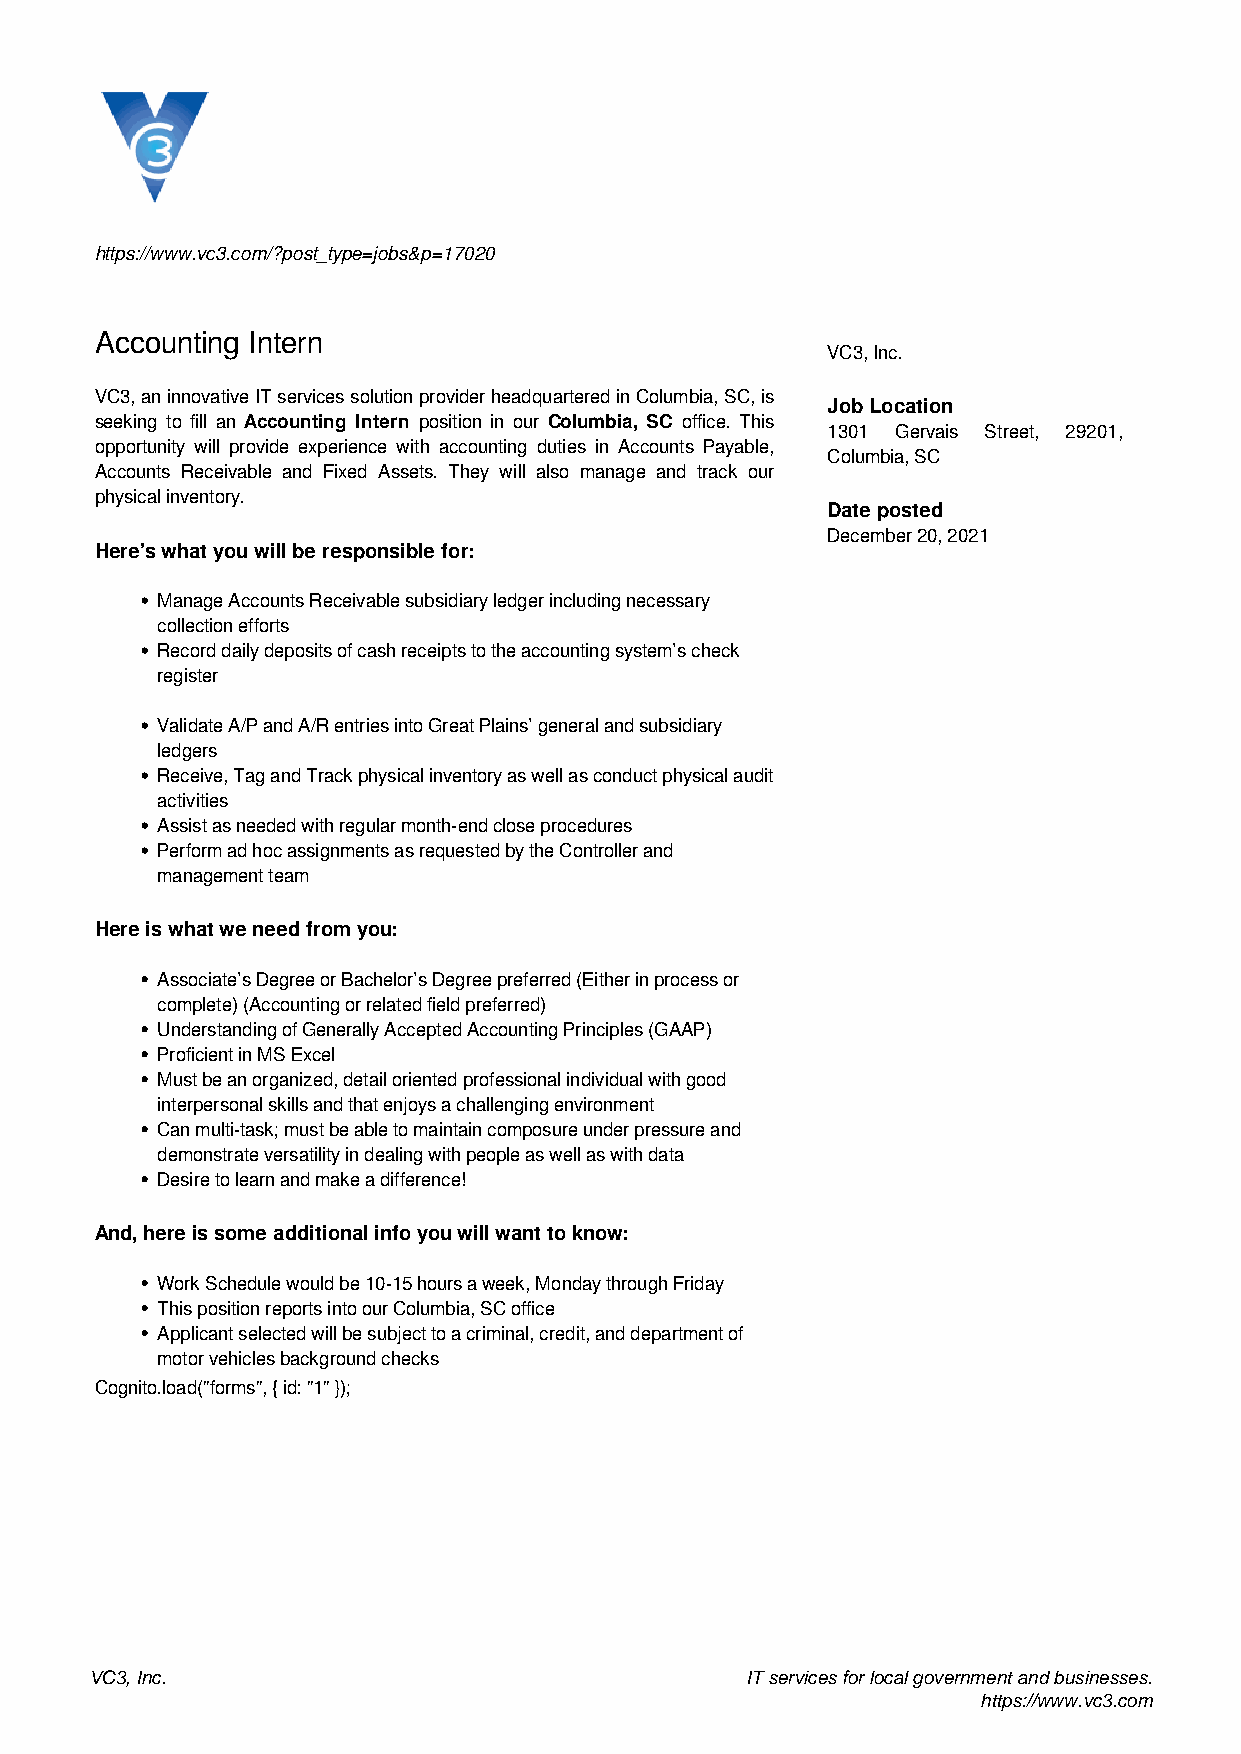
https://www.vc3.com/?post_type=jobs&p=17020
 Accounting Intern
 VC3, Inc.
 VC3,aninnovativeITservicessolutionproviderheadquarteredinColumbia,SC,is
 Job Location
 seeking to fill an Accounting Intern position in our Columbia, SC office. This
 1301 Gervais Street, 29201,
 opportunity will provide experience with accounting duties in Accounts Payable,
 Columbia, SC
 Accounts Receivable and Fixed Assets. They will also manage and track our
 physical inventory.
 Date posted
 December 20, 2021
 Here’s what you will be responsible for:
 Manage Accounts Receivable subsidiary ledger including necessary
 collection efforts
 Record daily deposits of cash receipts to the accounting system’s check
 register
 Validate A/P and A/R entries into Great Plains’ general and subsidiary
 ledgers
 Receive, Tag and Track physical inventory as well as conduct physical audit
 activities
 Assist as needed with regular month-end close procedures
 Perform ad hoc assignments as requested by the Controller and
 management team
 Here is what we need from you:
 Associate’s Degree or Bachelor’s Degree preferred (Either in process or
 complete) (Accounting or related field preferred)
 Understanding of Generally Accepted Accounting Principles (GAAP)
 Proficient in MS Excel
 Must be an organized, detail oriented professional individual with good
 interpersonal skills and that enjoys a challenging environment
 Can multi-task; must be able to maintain composure under pressure and
 demonstrate versatility in dealing with people as well as with data
 Desire to learn and make a difference!
 And, here is some additional info you will want to know:
 Work Schedule would be 10-15 hours a week, Monday through Friday
 This position reports into our Columbia, SC office
 Applicant selected will be subject to a criminal, credit, and department of
 motor vehicles background checks
 Cognito.load("forms", { id: "1" });
 VC3, Inc.                                  IT services for local government and businesses.
 https://www.vc3.com
 Powered by TCPDF (www.tcpdf.org)